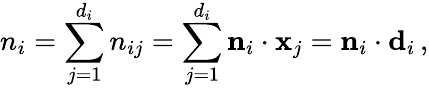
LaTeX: n_{i}=\sum_{j=1}^{d_{i}}n_{ij}=\sum_{j=1}^{d_{i}}{\mathbf n}_{i}\cdot{\mathbf x}_{j}={\mathbf n}_{i}\cdot{\mathbf d}_{i}\, ,